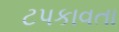
ટપકાવતા